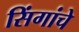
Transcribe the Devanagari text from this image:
सिंगांचे